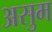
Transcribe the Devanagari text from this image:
असुम